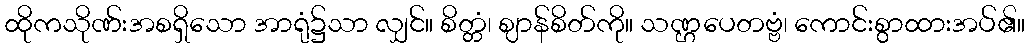
ထိုကသိုဏ်းအစရှိသော အာရုံ၌သာ လျှင်။ စိတ္တံ၊ ဈာန်စိတ်ကို။ သဏ္ဌပေတဗ္ဗံ၊ ကောင်းစွာထားအပ်၏။